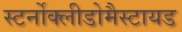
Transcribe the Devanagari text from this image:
स्टर्नोक्लीडोमैस्टायड